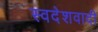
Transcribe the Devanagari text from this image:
स्वदेशवादी